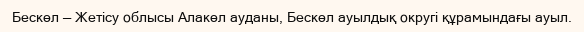
Бескөл — Жетісу облысы Алакөл ауданы, Бескөл ауылдық округі құрамындағы ауыл.